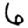
Digit: 6